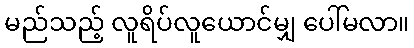
မည်သည့် လူရိပ်လူယောင်မျှ ပေါ်မလာ။